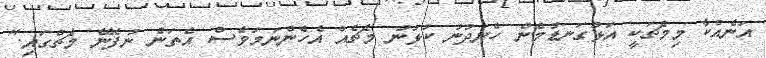
އަނެއްކާ މިމެޗަކީ އަޅުގަނޑުމެން ހެނދުނު ކުޅުނު މެޗެއް އެހެންނަމަވެސް އެތަން ނުފެނޭ މެޗްގައި."